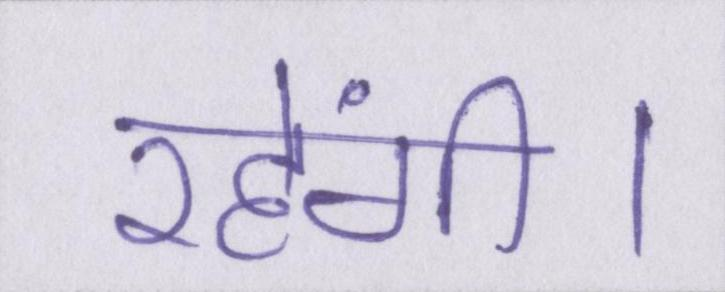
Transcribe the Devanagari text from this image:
रहेंगी।